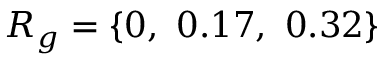
R _ { g } = \{ 0 , \ 0 . 1 7 , \ 0 . 3 2 \}